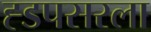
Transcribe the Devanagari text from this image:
ह्डपसरला